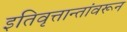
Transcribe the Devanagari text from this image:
इतिवृत्तान्तांवरून